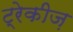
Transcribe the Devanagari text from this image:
ट्रेकीज़